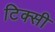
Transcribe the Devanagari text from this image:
टिक्सी